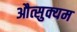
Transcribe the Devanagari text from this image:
औत्सुक्यम